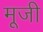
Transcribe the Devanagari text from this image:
मूजी